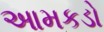
આમકડો